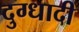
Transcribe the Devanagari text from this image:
दुग्धादी